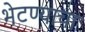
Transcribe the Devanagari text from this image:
भेटण्याचा